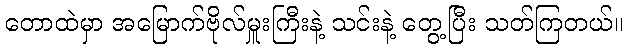
တောထဲမှာ အမြောက်ဗိုလ်မှူးကြီးနဲ့ သင်းနဲ့ တွေ့ပြီး သတ်ကြတယ်။